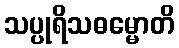
သပ္ပုရိသဓမ္မောတိ